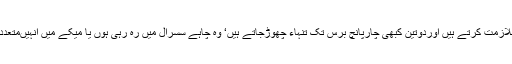
بیشترایسی لڑکیوں اورخواتین کو جن کے شوہر بیرون ملک ملازمت کرتے ہیں اوردوتین کبھی چارپانچ برس تک تنہاء چھوڑجاتے ہیں‘ وہ چاہے سسرال میں رہ رہی ہوں یا میکے میں انہیںمتعددسماجی وجذباتی اورکبھی معاشی مسائل کاسامناکرناپڑتا ہے۔